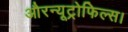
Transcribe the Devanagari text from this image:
औरन्यूट्रोफिल्स।